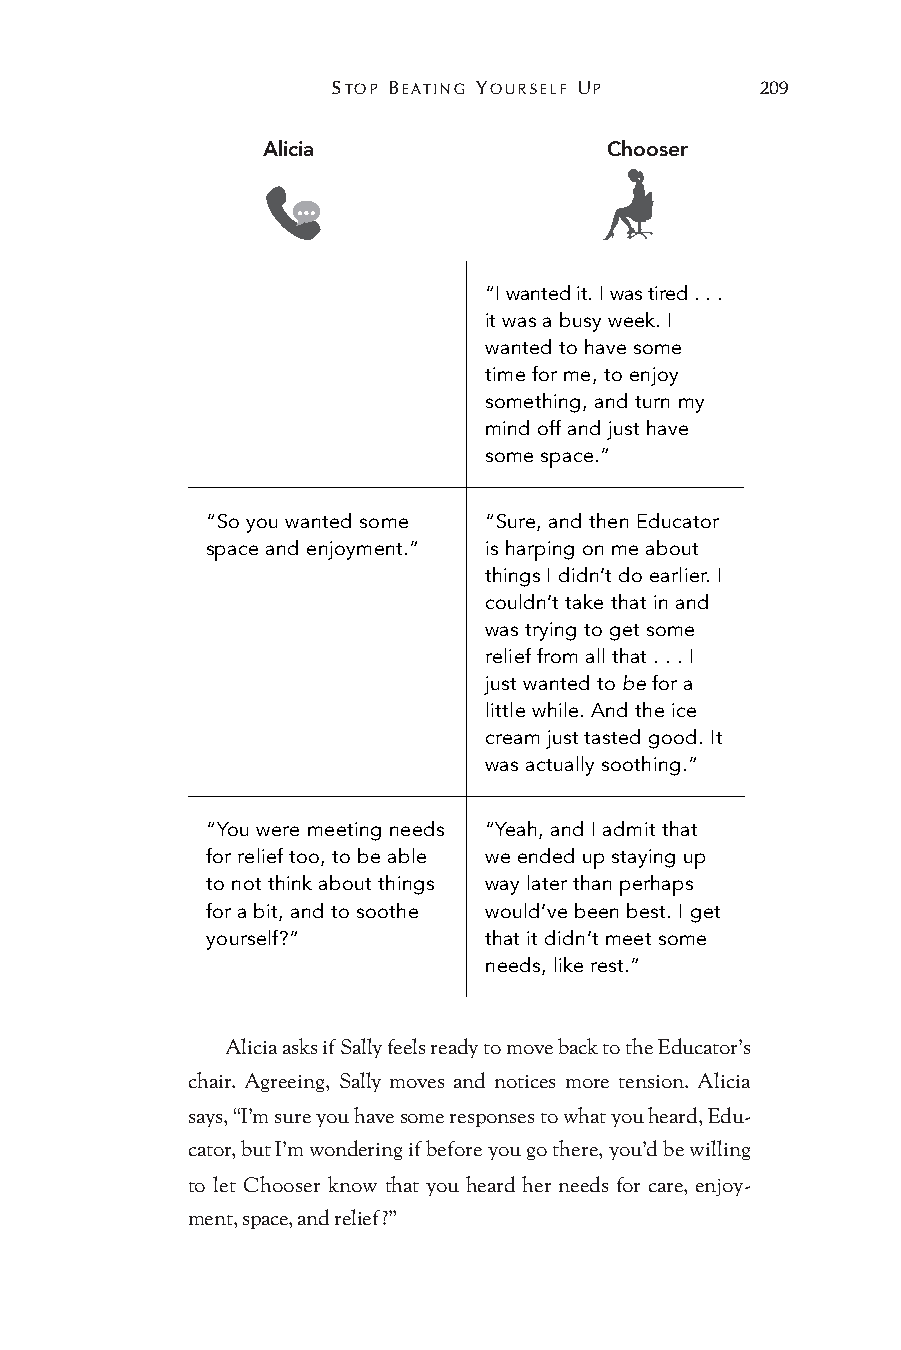
STOP BEATING YOURSELF UP    209
 Alicia                 Chooser
 “I wanted it. I was tired . . .
 it was a busy week. I
 wanted to have some
 time for me, to enjoy
 something, and turn my
 mind off and just have
 some space.”
 “So you wanted some “Sure, and then Educator
 space and enjoyment.” is harping on me about
 things I didn’t do earlier. I
 couldn’t take that in and
 was trying to get some
 relief from all that . . . I
 just wanted to be for a
 little while. And the ice
 cream just tasted good. It
 was actually soothing.”
 “You were meeting needs “Yeah, and I admit that
 for relief too, to be able we ended up staying up
 to not think about things way later than perhaps
 for a bit, and to soothe would’ve been best. I get
 yourself?”        that it didn’t meet some
 needs, like rest.”
 Alicia asks if Sally feels ready to move back to the Educator’s
 chair. Agreeing, Sally moves and notices more tension. Alicia
 says, “I’m sure you have some responses to what you heard, Edu-
 cator, but I’m wondering if before you go there, you’d be willing
 to let Chooser know that you heard her needs for care, enjoy-
 ment, space, and relief?”